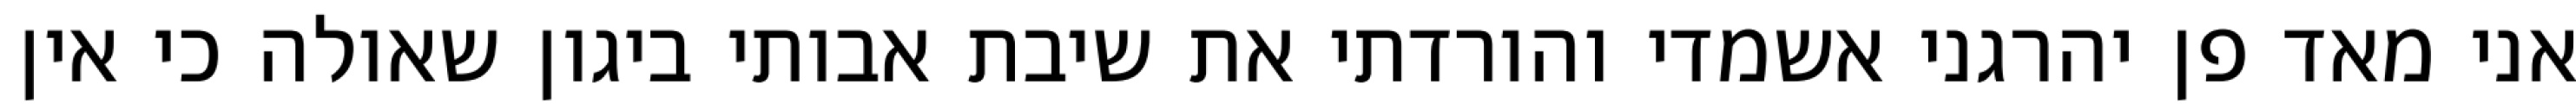
אני מאד פן יהרגני אשמדי והורדתי את שיבת אבותי ביגון שאולה כי אין